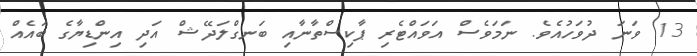
13 ވަނަ ދުވަހުއެވެ. ނަމަވެސް އަވައްޓެރި ޕާކިސްތާނާއި ބަނގްލަދޭޝް އަދި އިންޑިޔާގެ ބައެއް